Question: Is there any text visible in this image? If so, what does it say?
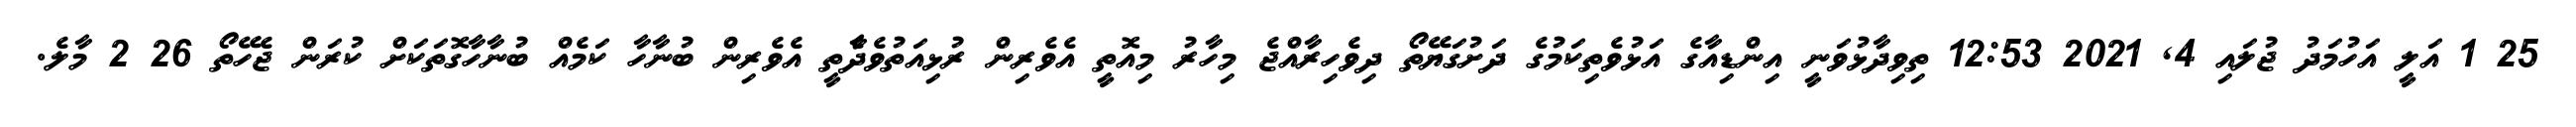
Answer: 25 1 އަލީ އަހުމަދު ޖުލައި 4, 2021 12:53 ތިވިދާޅުވަނީ އިންޑިއާގެ އަޅުވެތިކަމުގެ ދަށުގަޔޭތޯ ދިވެހިރާއްޖެ މިހާރު މިއޮތީ އެވެރިން ރުޅިއަތުވެދާެތީ އެވެރިން ބުނާހާ ކަމެއް ބުނާހާގޮތަކަށް ކުރަން ޖެހޭތޯ 26 2 މާލެ.